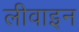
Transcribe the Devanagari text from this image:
लीवाइन